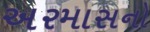
અરમાસનો